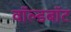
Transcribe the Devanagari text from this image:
वॉल्डबॉट